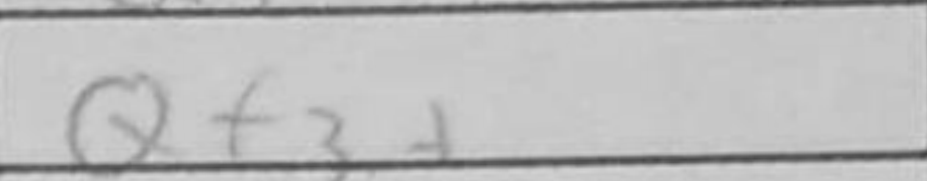
Transcription: Qf3+